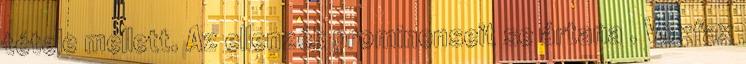
tétele mellett. Az ellenzék prominenseit se ártana . Voxfax